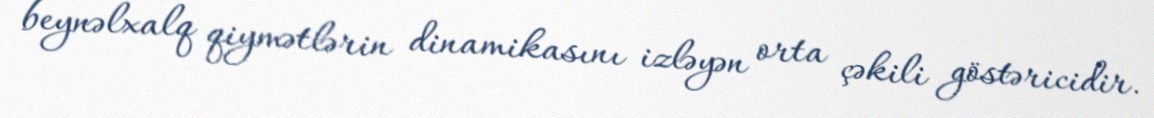
beynəlxalq qiymətlərin dinamikasını izləyən orta çəkili göstəricidir.